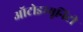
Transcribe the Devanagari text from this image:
ऑटोइम्यूनिटी